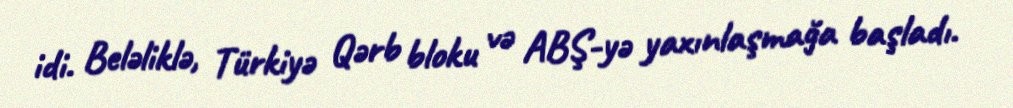
idi. Beləliklə, Türkiyə Qərb bloku və ABŞ-yə yaxınlaşmağa başladı.